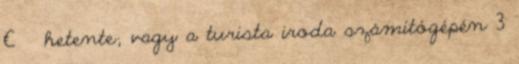
€ hetente; vagy a turista iroda számítógépén 3